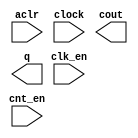
// megafunction wizard: %LPM_COUNTER%VBB%
// GENERATION: STANDARD
// VERSION: WM1.0
// MODULE: LPM_COUNTER 

// ============================================================
// Megafunction Name(s):
// 			LPM_COUNTER
//
// Simulation Library Files(s):
// 			lpm
// ============================================================
// ************************************************************
// THIS IS A WIZARD-GENERATED FILE. DO NOT EDIT THIS FILE!
//
// 20.1.0 Build 711 06/05/2020 SJ Lite Edition
// ************************************************************

//Copyright (C) 2020  Intel Corporation. All rights reserved.
//Your use of Intel Corporation's design tools, logic functions 
//and other software and tools, and any partner logic 
//functions, and any output files from any of the foregoing 
//(including device programming or simulation files), and any 
//associated documentation or information are expressly subject 
//to the terms and conditions of the Intel Program License 
//Subscription Agreement, the Intel Quartus Prime License Agreement,
//the Intel FPGA IP License Agreement, or other applicable license
//agreement, including, without limitation, that your use is for
//the sole purpose of programming logic devices manufactured by
//Intel and sold by Intel or its authorized distributors.  Please
//refer to the applicable agreement for further details, at
//https://fpgasoftware.intel.com/eula.

module COUNTER (
	aclr,
	clk_en,
	clock,
	cnt_en,
	cout,
	q);

	input	  aclr;
	input	  clk_en;
	input	  clock;
	input	  cnt_en;
	output	  cout;
	output	[7:0]  q;

endmodule

// ============================================================
// CNX file retrieval info
// ============================================================
// Retrieval info: PRIVATE: ACLR NUMERIC "1"
// Retrieval info: PRIVATE: ALOAD NUMERIC "0"
// Retrieval info: PRIVATE: ASET NUMERIC "0"
// Retrieval info: PRIVATE: ASET_ALL1 NUMERIC "1"
// Retrieval info: PRIVATE: CLK_EN NUMERIC "1"
// Retrieval info: PRIVATE: CNT_EN NUMERIC "1"
// Retrieval info: PRIVATE: CarryIn NUMERIC "0"
// Retrieval info: PRIVATE: CarryOut NUMERIC "1"
// Retrieval info: PRIVATE: Direction NUMERIC "0"
// Retrieval info: PRIVATE: INTENDED_DEVICE_FAMILY STRING "Cyclone IV GX"
// Retrieval info: PRIVATE: ModulusCounter NUMERIC "1"
// Retrieval info: PRIVATE: ModulusValue NUMERIC "177"
// Retrieval info: PRIVATE: SCLR NUMERIC "0"
// Retrieval info: PRIVATE: SLOAD NUMERIC "0"
// Retrieval info: PRIVATE: SSET NUMERIC "0"
// Retrieval info: PRIVATE: SSET_ALL1 NUMERIC "1"
// Retrieval info: PRIVATE: SYNTH_WRAPPER_GEN_POSTFIX STRING "1"
// Retrieval info: PRIVATE: nBit NUMERIC "8"
// Retrieval info: PRIVATE: new_diagram STRING "1"
// Retrieval info: LIBRARY: lpm lpm.lpm_components.all
// Retrieval info: CONSTANT: LPM_DIRECTION STRING "UP"
// Retrieval info: CONSTANT: LPM_MODULUS NUMERIC "177"
// Retrieval info: CONSTANT: LPM_PORT_UPDOWN STRING "PORT_UNUSED"
// Retrieval info: CONSTANT: LPM_TYPE STRING "LPM_COUNTER"
// Retrieval info: CONSTANT: LPM_WIDTH NUMERIC "8"
// Retrieval info: USED_PORT: aclr 0 0 0 0 INPUT NODEFVAL "aclr"
// Retrieval info: USED_PORT: clk_en 0 0 0 0 INPUT NODEFVAL "clk_en"
// Retrieval info: USED_PORT: clock 0 0 0 0 INPUT NODEFVAL "clock"
// Retrieval info: USED_PORT: cnt_en 0 0 0 0 INPUT NODEFVAL "cnt_en"
// Retrieval info: USED_PORT: cout 0 0 0 0 OUTPUT NODEFVAL "cout"
// Retrieval info: USED_PORT: q 0 0 8 0 OUTPUT NODEFVAL "q[7..0]"
// Retrieval info: CONNECT: @aclr 0 0 0 0 aclr 0 0 0 0
// Retrieval info: CONNECT: @clk_en 0 0 0 0 clk_en 0 0 0 0
// Retrieval info: CONNECT: @clock 0 0 0 0 clock 0 0 0 0
// Retrieval info: CONNECT: @cnt_en 0 0 0 0 cnt_en 0 0 0 0
// Retrieval info: CONNECT: cout 0 0 0 0 @cout 0 0 0 0
// Retrieval info: CONNECT: q 0 0 8 0 @q 0 0 8 0
// Retrieval info: GEN_FILE: TYPE_NORMAL COUNTER.v TRUE
// Retrieval info: GEN_FILE: TYPE_NORMAL COUNTER.inc FALSE
// Retrieval info: GEN_FILE: TYPE_NORMAL COUNTER.cmp FALSE
// Retrieval info: GEN_FILE: TYPE_NORMAL COUNTER.bsf TRUE
// Retrieval info: GEN_FILE: TYPE_NORMAL COUNTER_inst.v FALSE
// Retrieval info: GEN_FILE: TYPE_NORMAL COUNTER_bb.v TRUE
// Retrieval info: GEN_FILE: TYPE_NORMAL COUNTER_syn.v TRUE
// Retrieval info: LIB_FILE: lpm